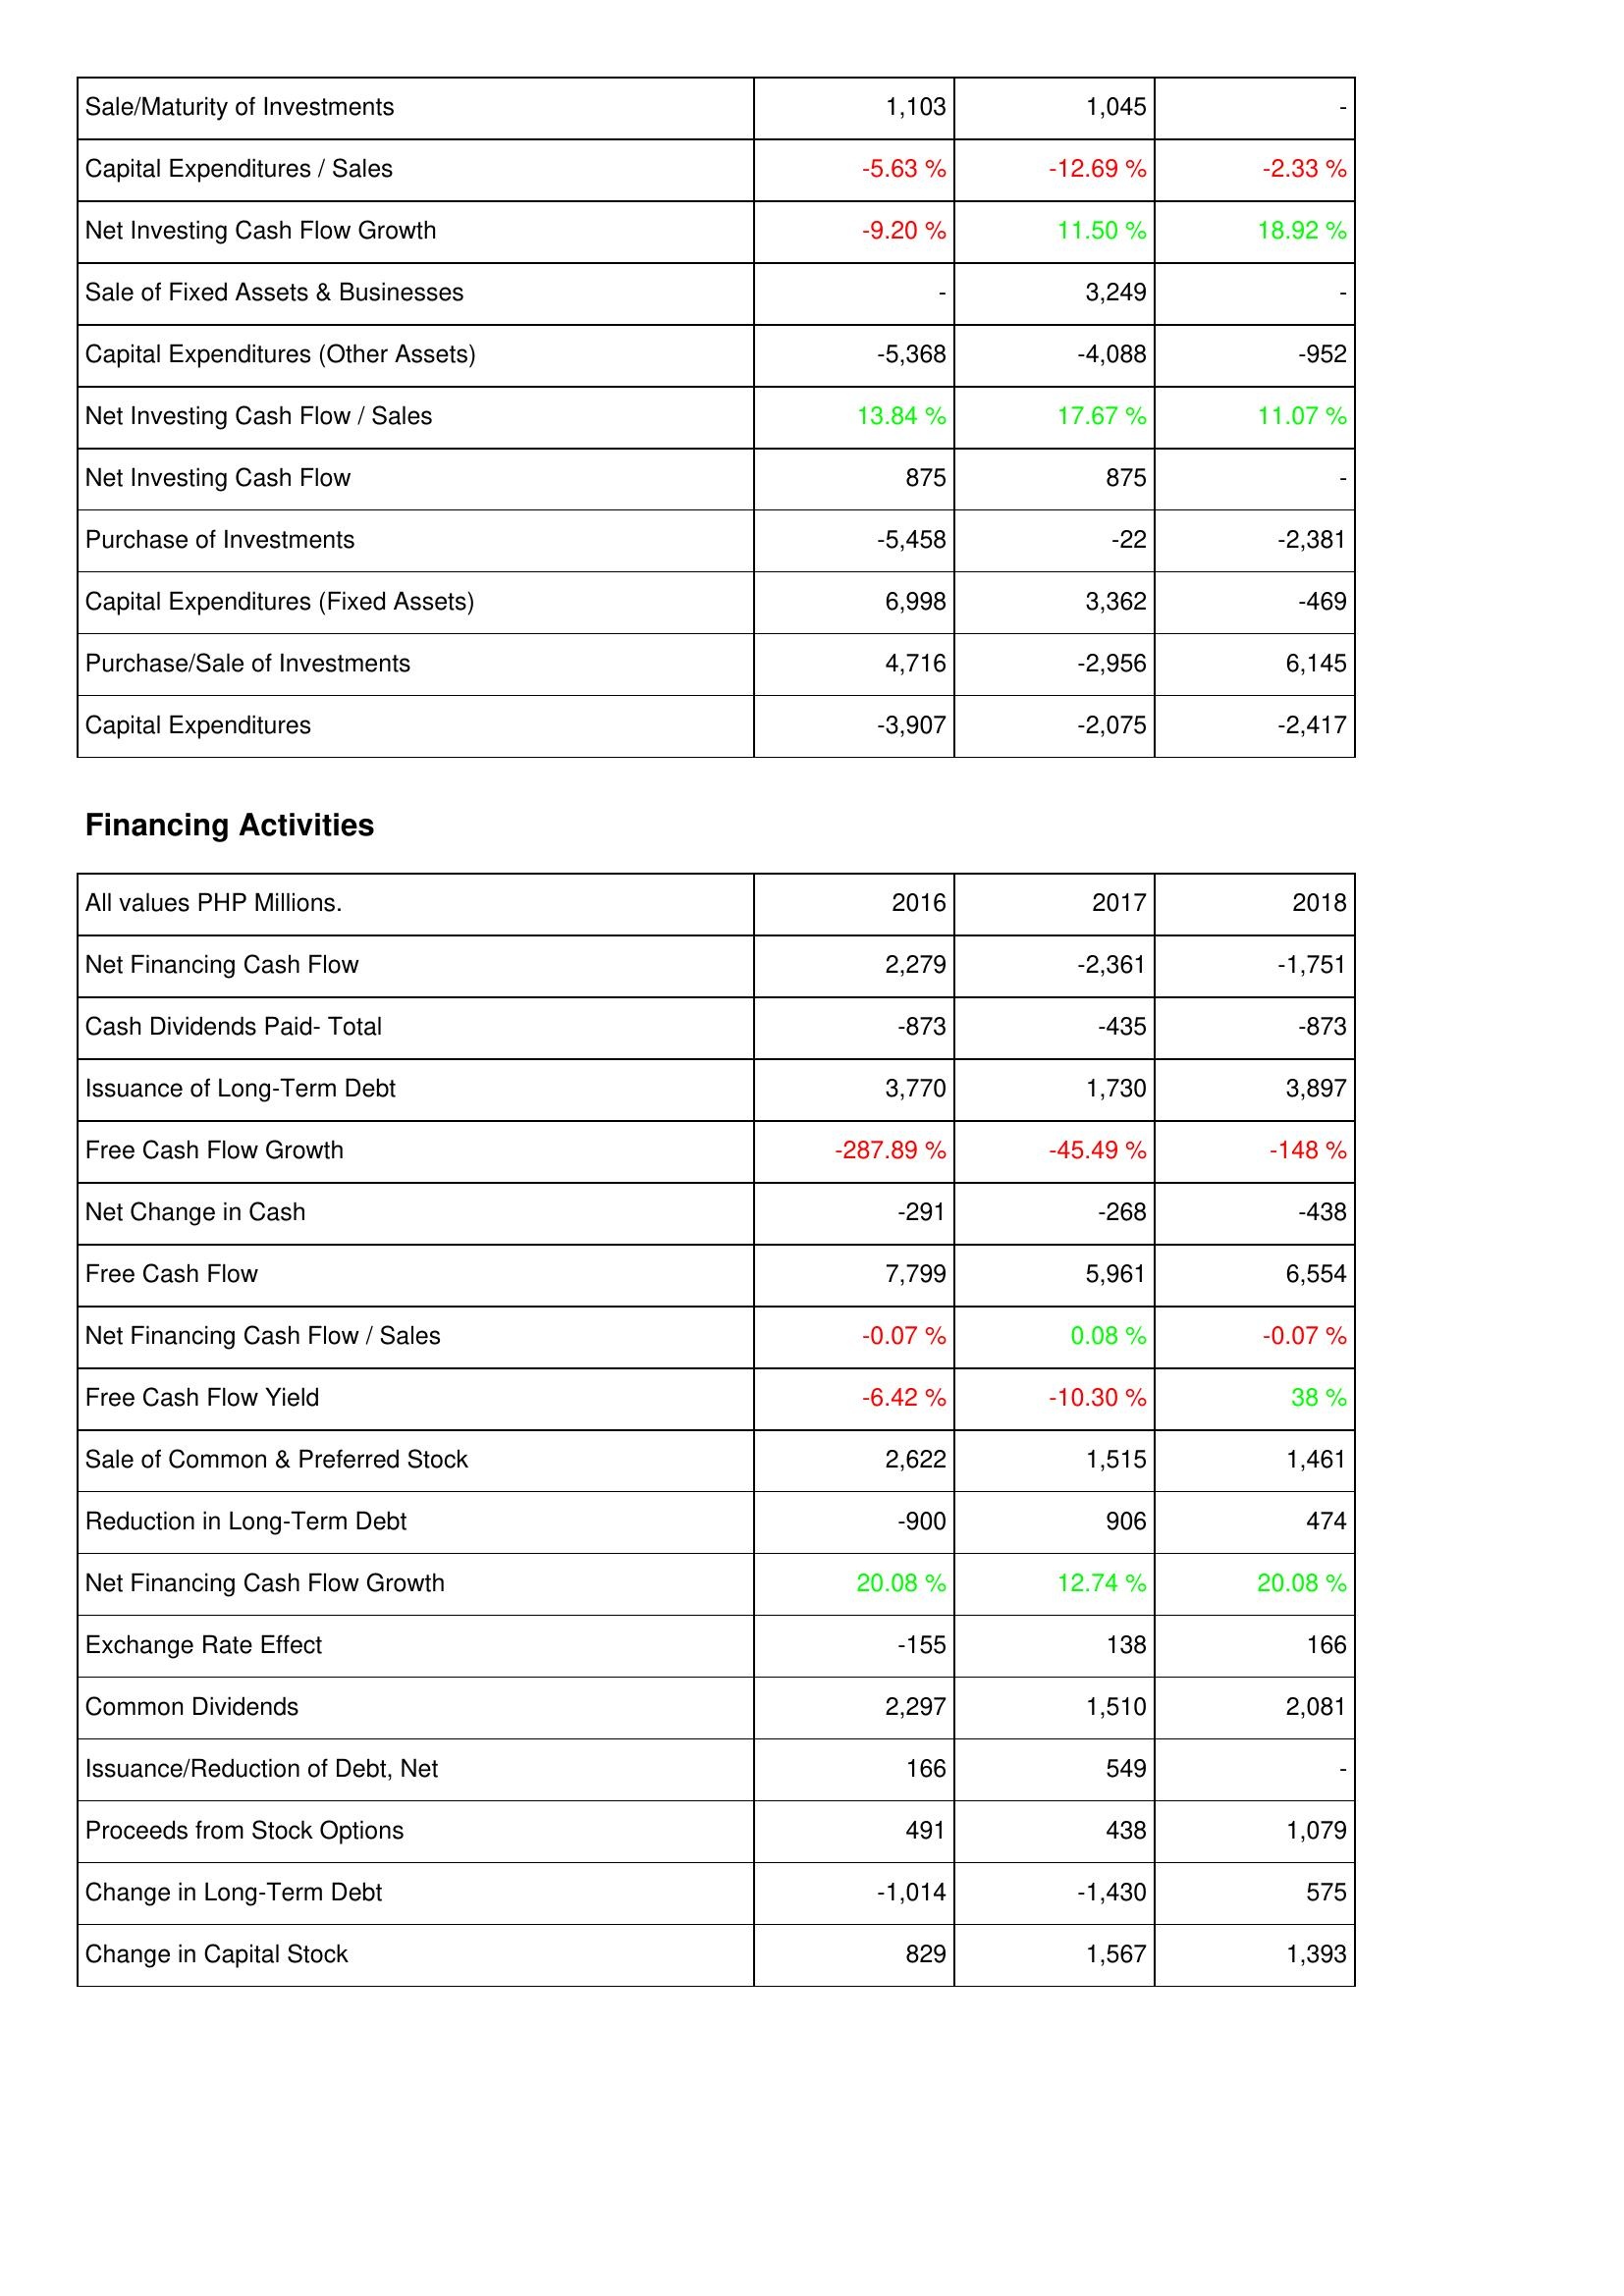
2016: Investing Activities: Sale/Maturity of Investments: 1,103
Capital Expenditures / Sales: -5.63 %
Net Investing Cash Flow Growth: -9.20 %
Sale of Fixed Assets & Businesses: -
Capital Expenditures (Other Assets): -5,368
Net Investing Cash Flow / Sales: 13.84 %
Net Investing Cash Flow: 875
Purchase of Investments: -5,458
Capital Expenditures (Fixed Assets): 6,998
Purchase/Sale of Investments: 4,716
Capital Expenditures: -3,907
Financing Activities: Net Financing Cash Flow: 2,279
Cash Dividends Paid- Total: -873
Issuance of Long-Term Debt: 3,770
Free Cash Flow Growth: -287.89 %
Net Change in Cash: -291
Free Cash Flow: 7,799
Net Financing Cash Flow / Sales: -0.07 %
Free Cash Flow Yield: -6.42 %
Sale of Common & Preferred Stock: 2,622
Reduction in Long-Term Debt: -900
Net Financing Cash Flow Growth: 20.08 %
Exchange Rate Effect: -155
Common Dividends: 2,297
Issuance/Reduction of Debt, Net: 166
Proceeds from Stock Options: 491
Change in Long-Term Debt: -1,014
Change in Capital Stock: 829
2017: Investing Activities: Sale/Maturity of Investments: 1,045
Capital Expenditures / Sales: -12.69 %
Net Investing Cash Flow Growth: 11.50 %
Sale of Fixed Assets & Businesses: 3,249
Capital Expenditures (Other Assets): -4,088
Net Investing Cash Flow / Sales: 17.67 %
Net Investing Cash Flow: 875
Purchase of Investments: -22
Capital Expenditures (Fixed Assets): 3,362
Purchase/Sale of Investments: -2,956
Capital Expenditures: -2,075
Financing Activities: Net Financing Cash Flow: -2,361
Cash Dividends Paid- Total: -435
Issuance of Long-Term Debt: 1,730
Free Cash Flow Growth: -45.49 %
Net Change in Cash: -268
Free Cash Flow: 5,961
Net Financing Cash Flow / Sales: 0.08 %
Free Cash Flow Yield: -10.30 %
Sale of Common & Preferred Stock: 1,515
Reduction in Long-Term Debt: 906
Net Financing Cash Flow Growth: 12.74 %
Exchange Rate Effect: 138
Common Dividends: 1,510
Issuance/Reduction of Debt, Net: 549
Proceeds from Stock Options: 438
Change in Long-Term Debt: -1,430
Change in Capital Stock: 1,567
2018: Investing Activities: Sale/Maturity of Investments: -
Capital Expenditures / Sales: -2.33 %
Net Investing Cash Flow Growth: 18.92 %
Sale of Fixed Assets & Businesses: -
Capital Expenditures (Other Assets): -952
Net Investing Cash Flow / Sales: 11.07 %
Net Investing Cash Flow: -
Purchase of Investments: -2,381
Capital Expenditures (Fixed Assets): -469
Purchase/Sale of Investments: 6,145
Capital Expenditures: -2,417
Financing Activities: Net Financing Cash Flow: -1,751
Cash Dividends Paid- Total: -873
Issuance of Long-Term Debt: 3,897
Free Cash Flow Growth: -148 %
Net Change in Cash: -438
Free Cash Flow: 6,554
Net Financing Cash Flow / Sales: -0.07 %
Free Cash Flow Yield: 38 %
Sale of Common & Preferred Stock: 1,461
Reduction in Long-Term Debt: 474
Net Financing Cash Flow Growth: 20.08 %
Exchange Rate Effect: 166
Common Dividends: 2,081
Issuance/Reduction of Debt, Net: -
Proceeds from Stock Options: 1,079
Change in Long-Term Debt: 575
Change in Capital Stock: 1,393